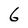
Character: 6